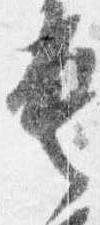
具